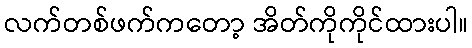
လက်တစ်ဖက်ကတော့ အိတ်ကိုကိုင်ထားပါ။